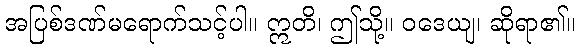
အပြစ်ဒဏ်မရောက်သင့်ပါ။ ဣတိ၊ ဤသို့။ ဝဒေယျ၊ ဆိုရာ၏။